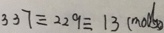
3 3 7 \equiv 2 2 9 \equiv 1 3 ( m o d x )